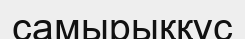
самырыққұс